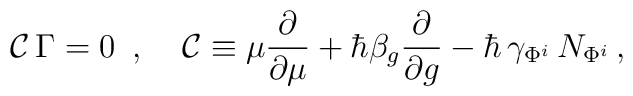
{\cal C\,}\Gamma =0\,\,\,,\,\;\;\,\,{\cal C}\equiv \mu \frac \partial{\partial \mu }+\hbar \beta _g\frac \partial {\partial g}-\hbar \,\gamma_{\Phi ^i}\,N_{\Phi ^i}\,,